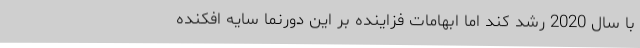
با سال 2020 رشد کند اما ابهامات فزاینده بر این دورنما سایه افکنده